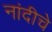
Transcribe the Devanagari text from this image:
नांदीचे